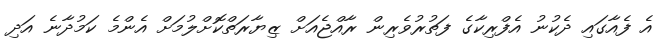
އެ ފެއާގައި ދެކުނު އެފްރިކާގެ ފަތުރުވެރިން ރާއްޖެއަށް ޒިޔާރަތްކޮށްލުމަށް އެންމެ ކަމުދާނެ އަދި